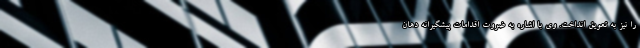
را نیز به تعویق انداخت. وی با اشاره به ضروت اقدامات پیشگیرانه دهان